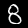
Digit: 8